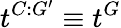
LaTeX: t^{C:G^{\prime}}\equiv t^{G}